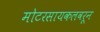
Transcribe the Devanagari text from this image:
मोटरसायकलवरून